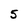
Character: 5